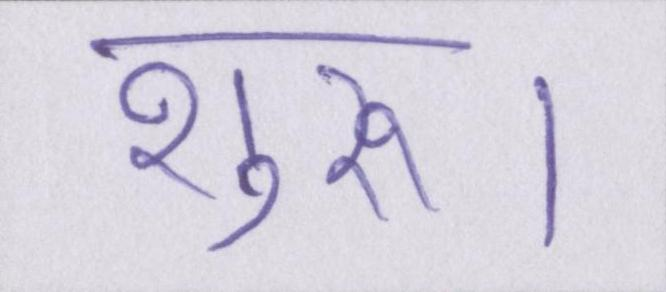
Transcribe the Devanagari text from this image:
शुरू।